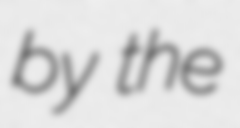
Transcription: by the